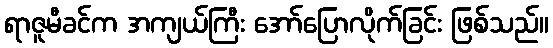
ရာဇူမီခင်က အကျယ်ကြီး အော်ပြောလိုက်ခြင်း ဖြစ်သည်။